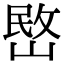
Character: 㟩